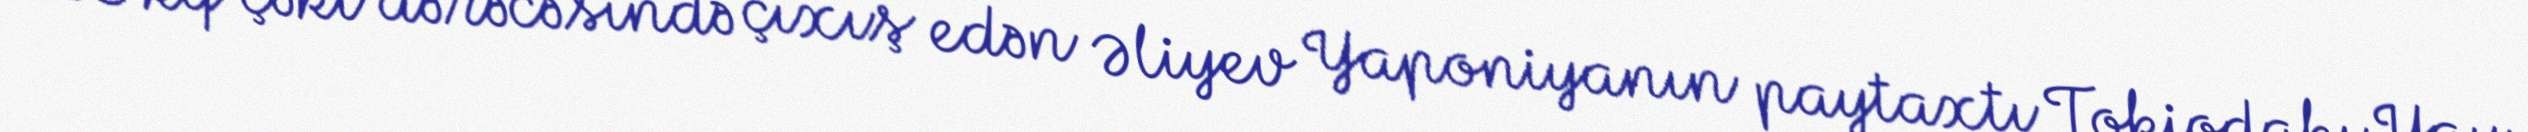
65 kq çəki dərəcəsində çıxış edən Əliyev Yaponiyanın paytaxtı Tokiodakı Yay